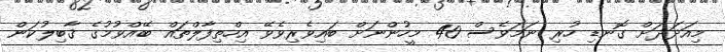
މިއަދަދަށް ގޮނޑި ހުރި ނަމަވެސް 40 މީހުންނަށް ބައިވެރިވެވޭ އިހްތިފާލްތައް ބޭއްވުމުގެ ޤާބިލުކަން